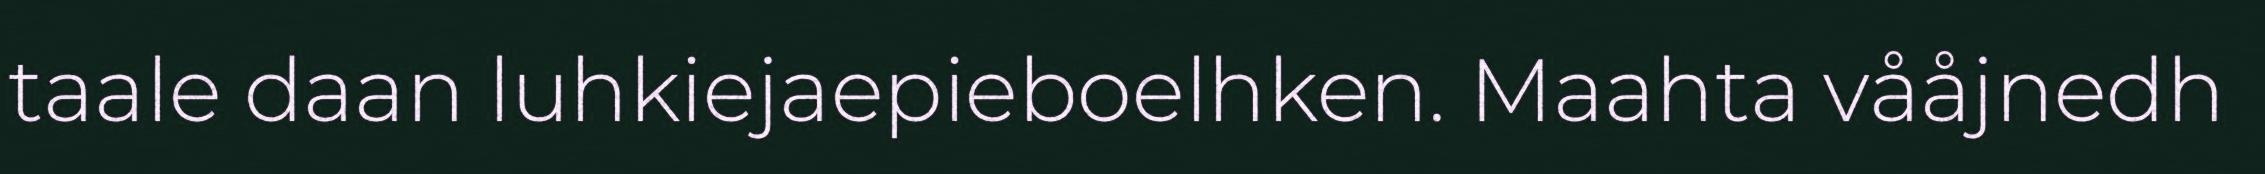
taale daan luhkiejaepieboelhken. Maahta vååjnedh